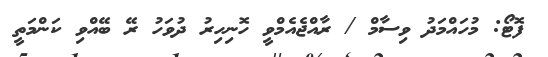
ފޮޓޯ: މުހައްމަދު ވިސާމް / ރާއްޖެއެމްވީ ހޮނިހިރު ދުވަހު ރޭ ބޭއްވި ކަންމަތީ